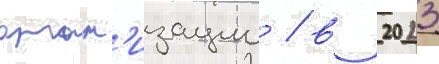
орган'изации / в 2023